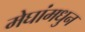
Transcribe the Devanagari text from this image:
मेघांमधुन